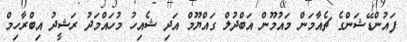
ފައުންޑޭޝަންގެ ޗެއާމަން މައުމޫން އަބްދުލް ގައްޔޫމް އަދި ޝެއިހު މުހައްމަދު ރަޝީދު އިބްރާހިމް